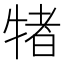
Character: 𭷭